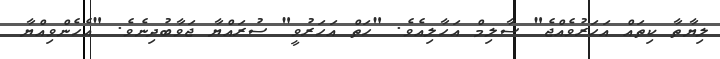
ލިޔާތާ ކިތައް އަހަރުވެއްޖެ" ސާލިމް އަހާލިއެވެ. "ހަތް އަހަރުވީ" ސުރައްޔާ ޖަވާބުދިނެވެ. "އެހެންވިއްޔާ